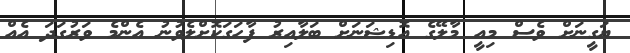
ޔަގީނަށް ވެސް މިއީ މާލޭގެ އޮޑިޝަނަށް ބަލާއިރު ފާހަގަކޮށްލެވުނު އެންމެ ވަރުގަދަ އެއް